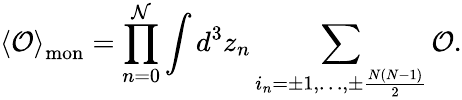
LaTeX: \left<{\cal O}\right>_{\mathrm{mon}}=\prod_{n=0}^{\cal N}\int d^{3}z_{n}\sum_{i_{n}=\pm 1,\ldots,\pm\frac{N(N-1)}{2}}^{}{\cal O}.